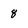
Character: 8